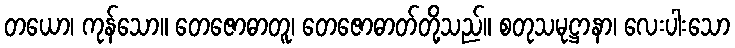
တယော၊ ကုန်သော။ တေဇောဓာတူ၊ တေဇောဓာတ်တို့သည်။ စတုသမုဋ္ဌာနာ၊ လေးပါးသော